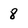
Character: 8